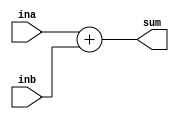
module adder(ina, inb,sum);
input [3:0] ina;
input [3:0] inb;
output [3:0] sum;
assign sum = ina + inb;
endmodule